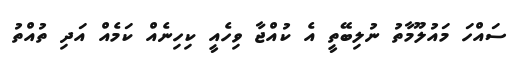
ސައްހަ މައުލޫމާތު ނުލިބޭތީ އެ ކުއްޖާ ވިހެއީ ކިހިނެއް ކަމެއް އަދި ތުއްތު